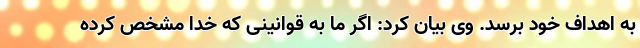
به اهداف خود برسد. وی بیان کرد: اگر ما به قوانینی که خدا مشخص کرده